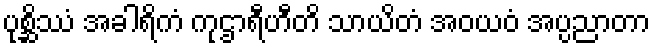
ပုစ္ဆိဿံ အခါရိကံ ကုဌာရီဟီတိ သာယိတံ အဝယဝံ အပ္ပညာတာ